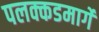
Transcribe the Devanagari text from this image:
पलक्कडमार्गे